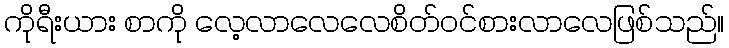
ကိုရီးယား စာကို လေ့လာလေလေစိတ်ဝင်စားလာလေဖြစ်သည်။